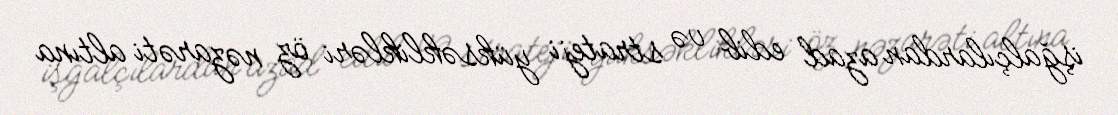
işğalçılardan azad edib və strateji yüksəklikləri öz nəzarəti altına